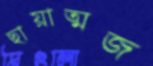
ছায়াত্মজ